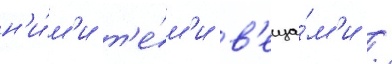
н'и́м'и т'е́м'и в'еща́м'и /